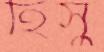
হিসু